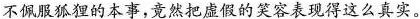
不佩服狐狸的本事，竟然把虚假的笑容表现得这么真实。